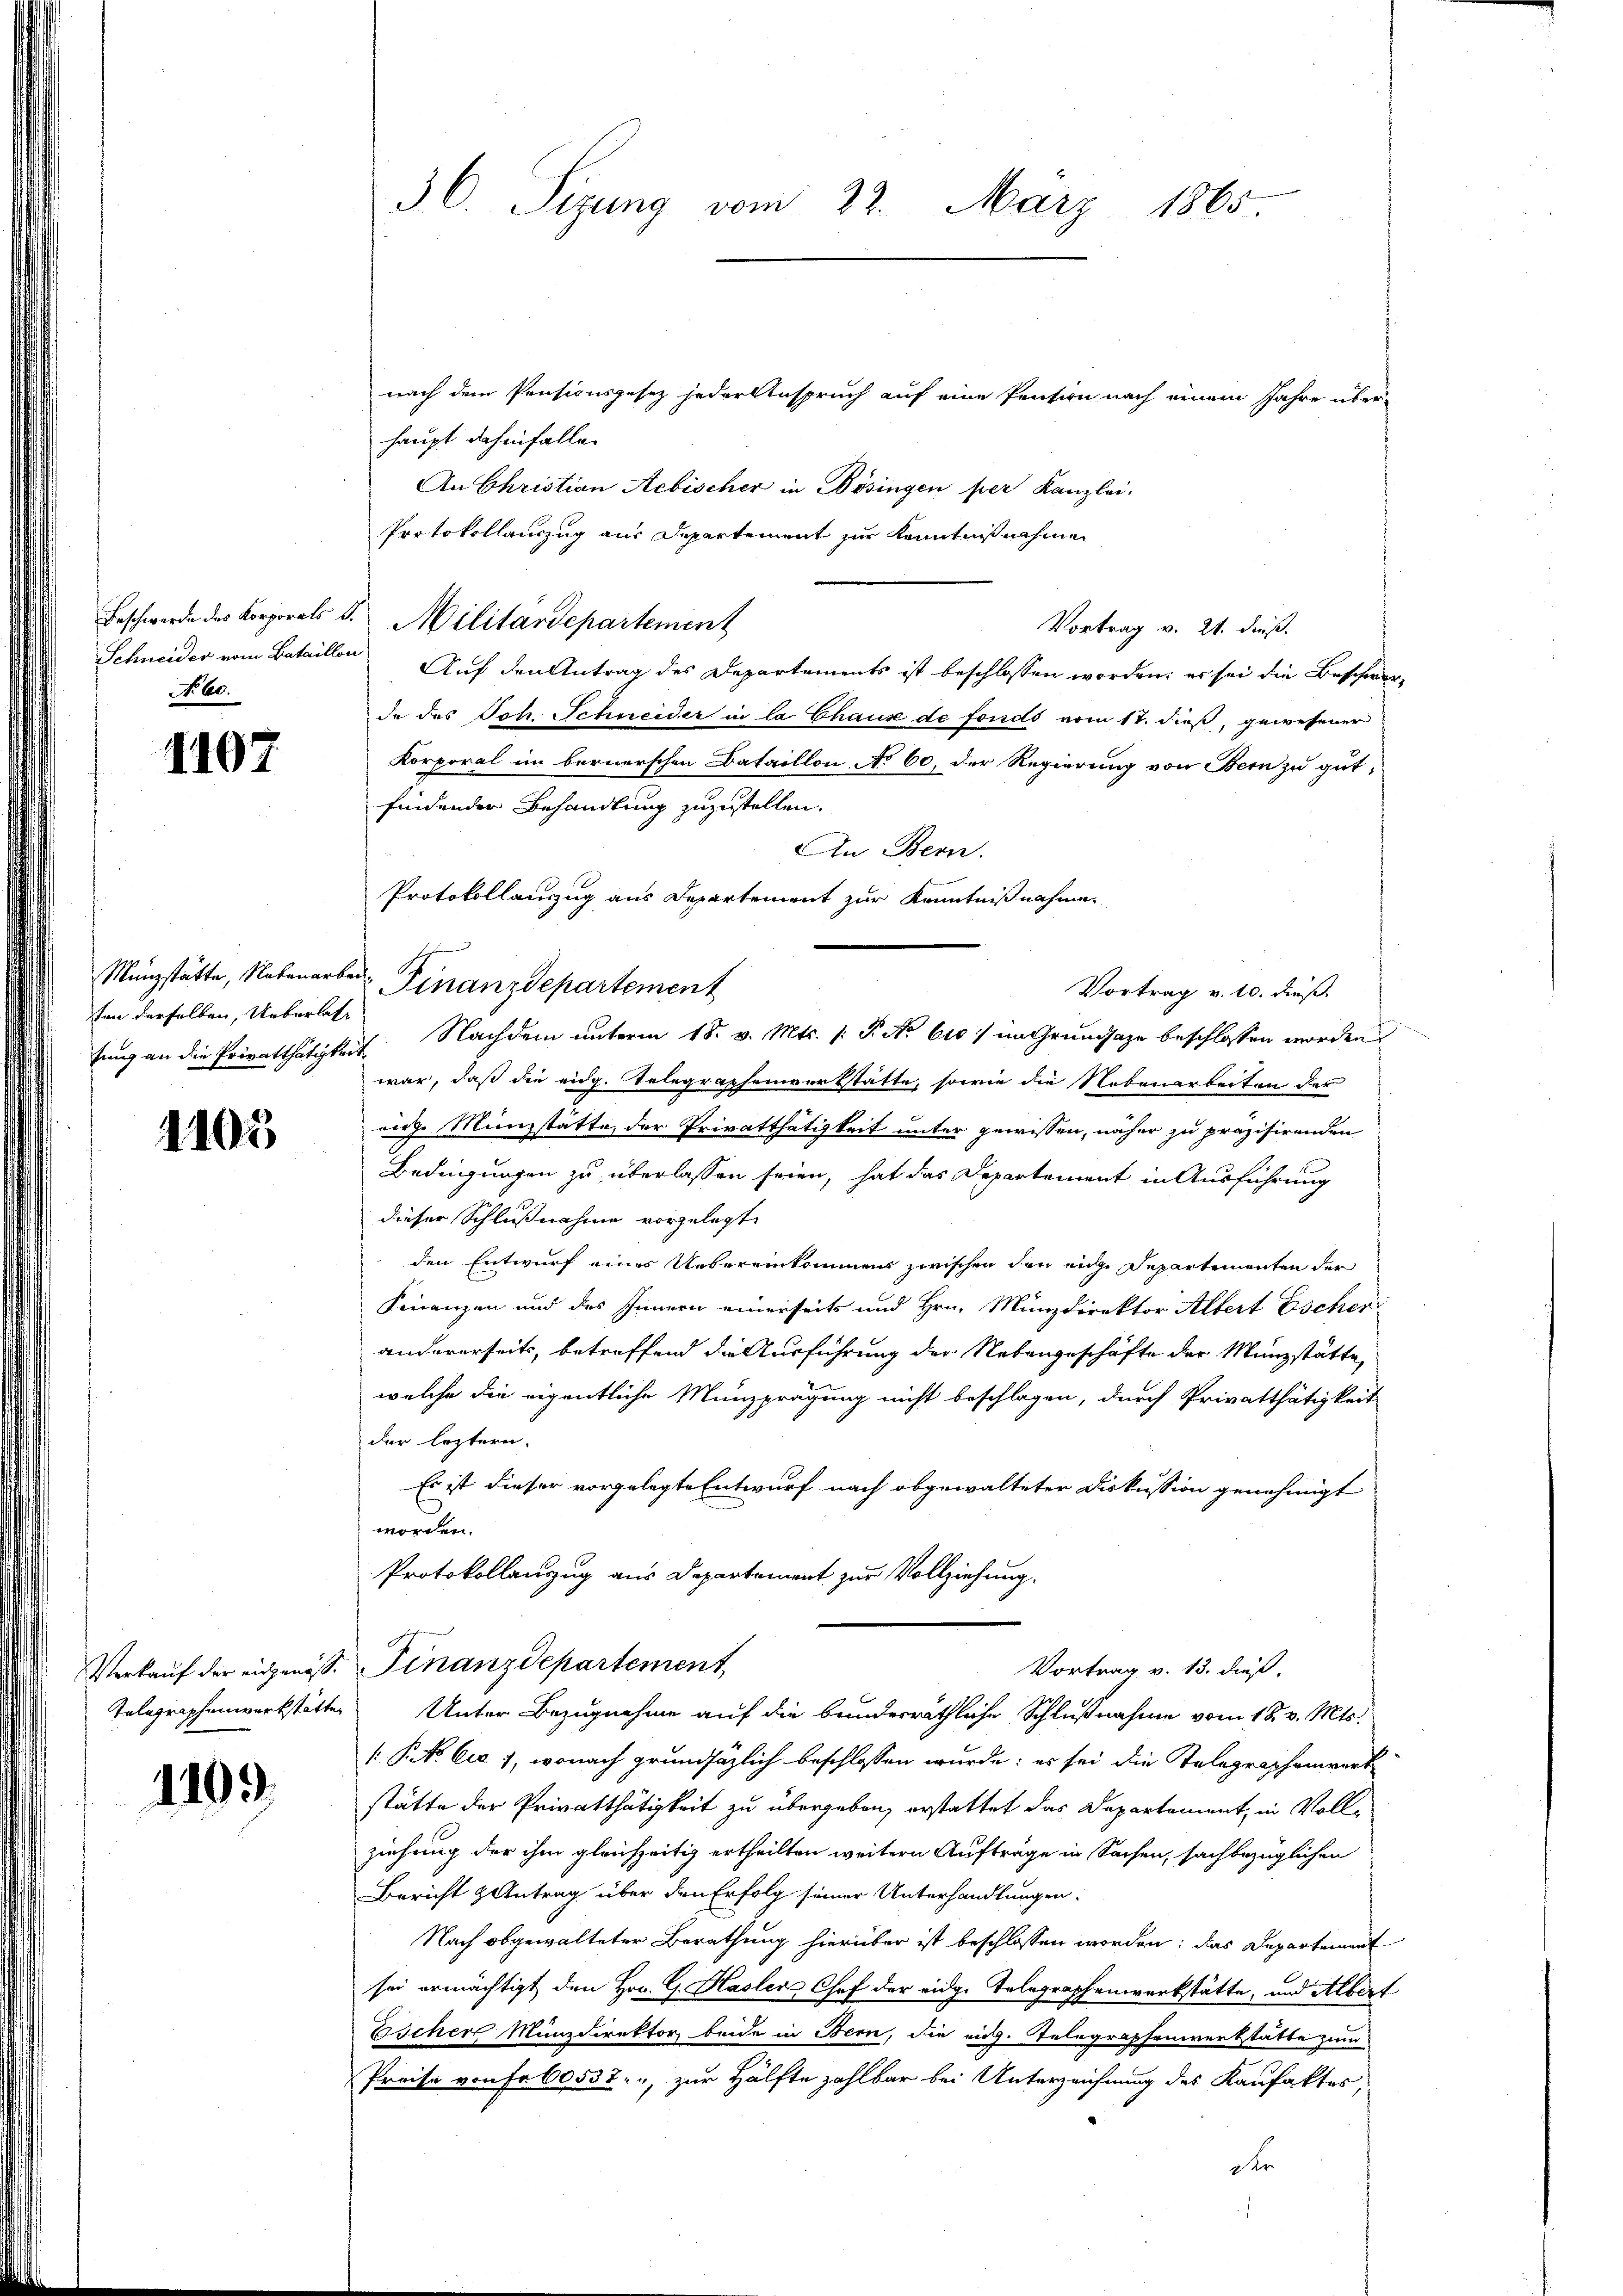
No. 60.

1107

ten derselben, Ueberlas

1105

1109

36. Sizung vom 22. März 1865.

nach dem Pensionsgesez jeder Anspruch auf eine Pension nach einem Jahre über-
haupt dahinfalle.
An Christian Aebischer in Bösingen per Kanzlei.
Protokollauszug aus Departement zur Kenntnißnahmen
Schneider vom Bataillon Auf den Antrag des Departements ist beschlossen worden; er sei die Beschwer-
de des Joh. Schneider in la Chause de fondo vom 17. dieß, gewesener
Korporal im bernerschen Bataillon No 60, der Regierung von Bern zu gut,
findender Behandlung zuzustellen.
An Bern.
Protokollauszug aus Departement zur Kenntnißnahme
tung an die Privatthätigkeit. Nachdem unterm 18. v. Mts. (: P. No 610 im Grundsaze beschlossen worden.
war, daß die eidg. Telegraphenverstätte, sowie die Nebenarbeiten des
rige Münzstatte, der Privatthätigkeit unter gewissen, näher zu präzisirenden
Bedingungen zu überlassen seien, hat das Departement in Ausführung
dieser Schlußnahme vorgelegt.
den Entwurf eines Uebereinkommens zwischen den eige Departementen der
Finanzen und des Innern einerseits und Hrn. Münzdirektor Albert Escher
andererseits, betreffend die Ausführung der Nebengeschäfte der Münzstätte,
welche die eigentliche Münzprägung nicht beschlagen, durch Privatthätigkeit
der leztern.
Es ist dieser vorgelegte Entwurf nach abgewalteter Diskussion genehmigt
worden.
Protokollanzug aus Departement zur Vollziehung.
Verkauf der eigenöss. Finanzdepartement
Vortrag v. 13. dieß.
Telegraphenwerkstätter Unter Bezugnahme auf die bunderräthliche Schlußnahme vom 18. v. Mts.
( P. Nr. Cie 1, wonach grundsätzlich beschlossen wurde; es sei die Telegraphenvert
stätte der Privatthätigkeit zu übergeben, erstattet das Departement, in Vollziehung der ihm gleichzeitig ertheilten weitern Aufträge in Sachen, sachbezüglichen
Bericht & Antrag über den Erfolg seiner Unterhandlungen.
Nach obgewalteter Berathung hierüber ist beschlossen worden; das Departement
sei ermächtigt den Hrn. G. Hasler Chef der eidge Telegraphenwerkstätte, und Albert
Escher Münzdirektor beide in Bern, die eich. Telegraphenwerkstätte zum
Preise von Fr. 60537. zur Hälfte zahlbar bei Unterzeichnung des Kaufaktes,
dr

Beschwerde des Korporats d. Militärdepartement

Münzstätte, Nebenarber Finanzdepartement

Vortrag v. 21. dieß.

Vortrag v. 10. dieß.